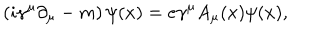
LaTeX: \left( i \gamma ^ { \mu } \partial _ { \mu } - m \right) \psi ( x ) = e \gamma ^ { \mu } A _ { \mu } ( x ) \psi ( x ) ,